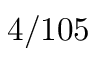
4 / 1 0 5